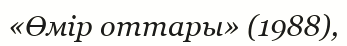
«Өмір оттары» (1988),